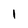
Character: 1